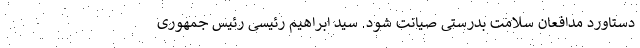
دستاورد مدافعان سلامت بدرستی صیانت شود. سید ابراهیم رئیسی رئیس جمهوری